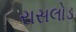
રાસલોડ